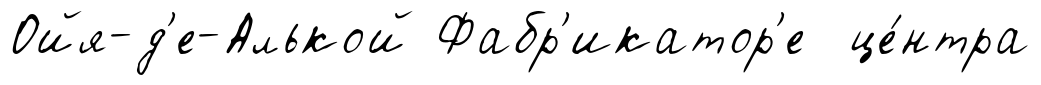
Ойя-д'е-Алькой Фабр'икатор'е це́нтра